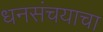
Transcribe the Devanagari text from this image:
धनसंचयाचा